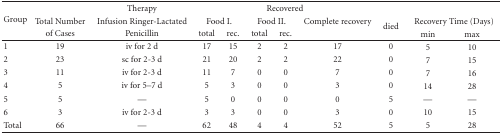
<table><thead><tr><td rowspan="3"><b>Group</b></td><td></td><td><b>Therapy</b></td><td colspan="5"><b>Recovered</b></td><td></td><td></td><td></td></tr><tr><td><b>Total Number</b></td><td><b>Infusion Ringer-Lactated</b></td><td colspan="2"><b>Food I.</b></td><td colspan="2"><b>Food II.</b></td><td><b>Complete recovery</b></td><td rowspan="2"><b>died</b></td><td colspan="2"><b>Recovery Time (Days)</b></td></tr><tr><td><b>of Cases</b></td><td><b>Penicillin</b></td><td><b>total</b></td><td><b>rec.</b></td><td><b>total</b></td><td><b>rec.</b></td><td></td><td><b>min</b></td><td><b>max</b></td></tr></thead><tbody><tr><td>1</td><td>19</td><td>iv for 2 d</td><td>17</td><td>15</td><td>2</td><td>2</td><td>17</td><td>0</td><td>5</td><td>10</td></tr><tr><td>2</td><td>23</td><td>sc for 2-3 d</td><td>21</td><td>20</td><td>2</td><td>2</td><td>22</td><td>0</td><td>7</td><td>15</td></tr><tr><td>3</td><td>11</td><td>iv for 2-3 d</td><td>11</td><td>7</td><td>0</td><td>0</td><td>7</td><td>0</td><td>7</td><td>16</td></tr><tr><td>4</td><td>5</td><td>iv for 5–7 d</td><td>5</td><td>3</td><td>0</td><td>0</td><td>3</td><td>0</td><td>14</td><td>28</td></tr><tr><td>5</td><td>5</td><td>—</td><td>5</td><td>0</td><td>0</td><td>0</td><td>0</td><td>5</td><td>—</td><td>—</td></tr><tr><td>6</td><td>3</td><td>iv for 2-3 d</td><td>3</td><td>3</td><td>0</td><td>0</td><td>3</td><td>0</td><td>10</td><td>15</td></tr><tr><td>Total</td><td>66</td><td>—</td><td>62</td><td>48</td><td>4</td><td>4</td><td>52</td><td>5</td><td>5</td><td>28</td></tr></tbody></table>